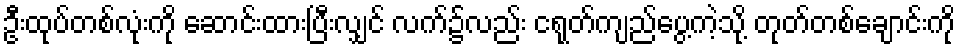
ဦးထုပ်တစ်လုံးကို ဆောင်းထားပြီးလျှင် လက်၌လည်း ငရုတ်ကျည်ပွေ့ကဲ့သို့ တုတ်တစ်ချောင်းကို